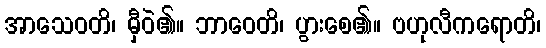
အာသေဝတိ၊ မှီဝဲ၏။ ဘာဝေတိ၊ ပွားစေ၏။ ဗဟုလီကရောတိ၊